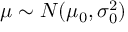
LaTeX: \mu \sim N ( \mu _ { 0 } , \sigma _ { 0 } ^ { 2 } )